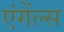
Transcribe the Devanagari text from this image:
एंगेंल्स